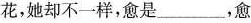
花，她却不一样，愈是___，愈